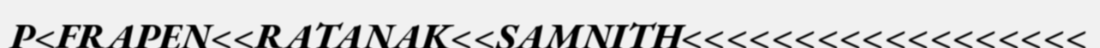
P<FRAPEN<<RATANAK<<SAMNITH<<<<<<<<<<<<<<<<<<